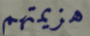
هزيمتهم